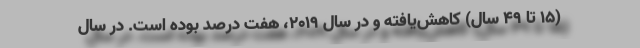
(۱۵ تا ۴۹ سال) کاهش‌یافته و در سال ۲۰۱۹، هفت درصد بوده است. در سال